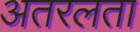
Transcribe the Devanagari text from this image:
अतरलता